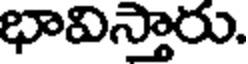
భావిస్తారు.